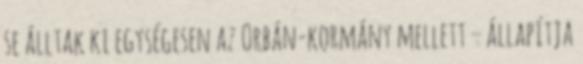
se álltak ki egységesen az Orbán-kormány mellett – állapítja